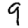
Digit: 9